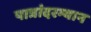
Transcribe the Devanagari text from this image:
पात्रांदरम्यान